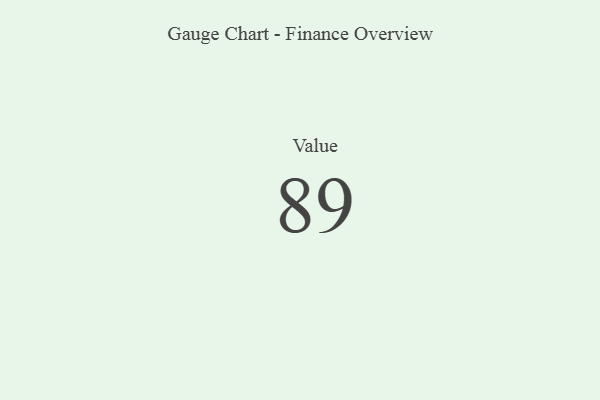
{"axis": {"x": "Metric", "y": "Value"}, "legend": [""], "data": [{"x": "Value", "y": 89, "type": ""}]}